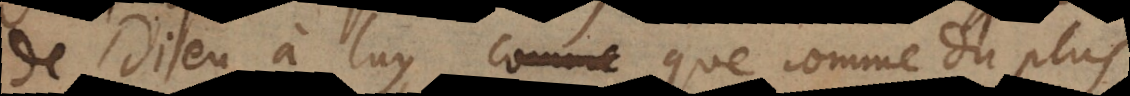
de Dieu à luy, que comme du plus